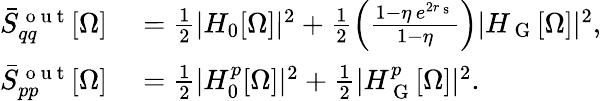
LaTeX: \begin{array}{rl}{\bar{S}_{qq}^{\mathrm{~o~u~t~}}[\Omega]}&{{}=\frac{1}{2}|H_{0}[\Omega]|^{2}+\frac{1}{2}\left(\frac{1-\eta\, e^{2r_{\mathrm{~s~}}}}{1-\eta}\right)|H_{\mathrm{~G~}}[\Omega]|^{2},}\\ {\bar{S}_{pp}^{\mathrm{~o~u~t~}}[\Omega]}&{{}=\frac{1}{2}|H_{0}^{p}[\Omega]|^{2}+\frac{1}{2}|H_{\mathrm{~G~}}^{p}[\Omega]|^{2}.}\end{array}